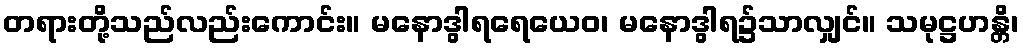
တရားတို့သည်လည်းကောင်း။ မနောဒွါရရေယေဝ၊ မနောဒွါရ၌သာလျှင်။ သမုဋ္ဌဟန္တိ၊